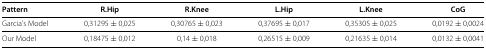
<table><thead><tr><td><b>Pattern</b></td><td><b>R.Hip</b></td><td><b>R.Knee</b></td><td><b>L.Hip</b></td><td><b>L.Knee</b></td><td><b>CoG</b></td></tr></thead><tbody><tr><td>Garcia’s Model</td><td>0,31295 ± 0,025</td><td>0,30765 ± 0,023</td><td>0,37695 ± 0,017</td><td>0,35305 ± 0,025</td><td>0,0192 ± 0,0024</td></tr><tr><td>Our Model</td><td>0,18475 ± 0,012</td><td>0,14 ± 0,018</td><td>0,26515 ± 0,009</td><td>0,21635 ± 0,014</td><td>0,0132 ± 0,0041</td></tr></tbody></table>